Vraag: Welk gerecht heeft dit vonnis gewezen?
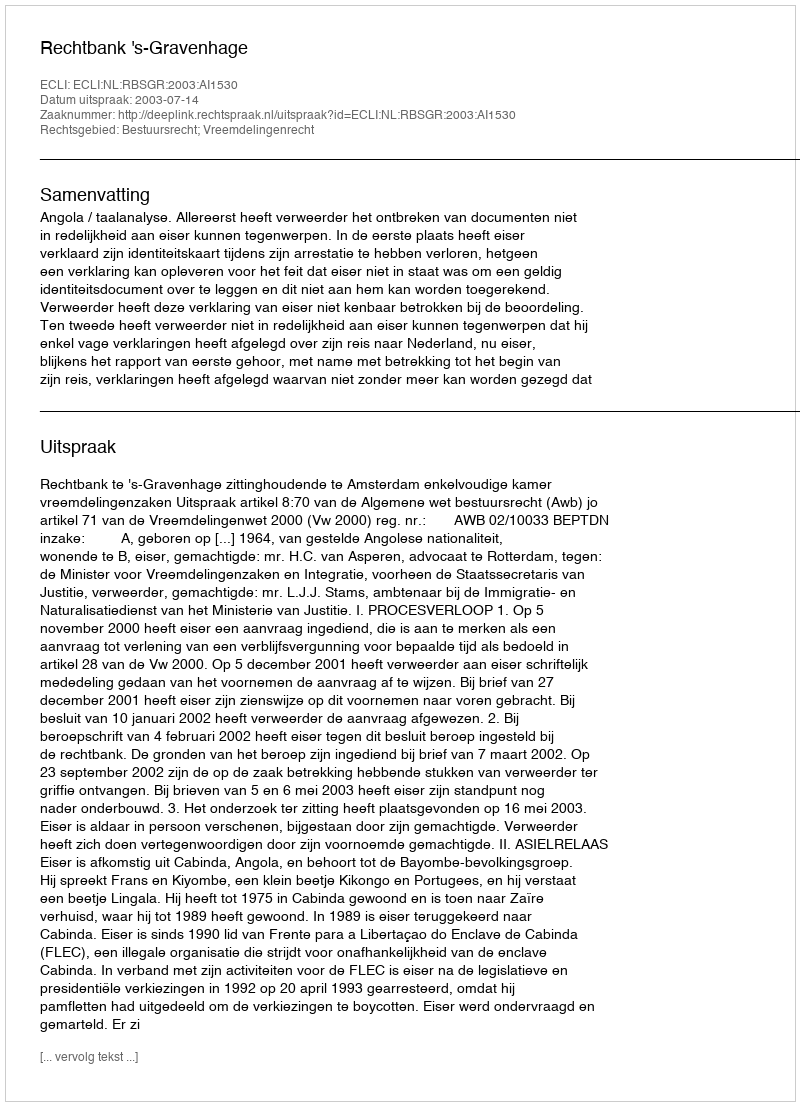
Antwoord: Rechtbank 's-Gravenhage